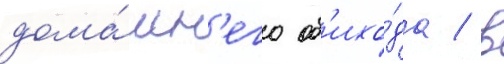
дома́шн'его об'ихо́да / в